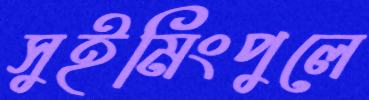
সুইমিংপুলে